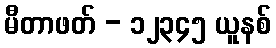
မီတာဖတ် - ၁၂၃၄၅ ယူနစ်